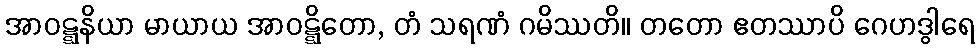
အာဝဋ္ဋနိယာ မာယာယ အာဝဋ္ဋိတော, တံ သရဏံ ဂမိဿတိ။ တတော ဧတဿာပိ ဂေဟဒွါရေ